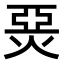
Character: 𤊗